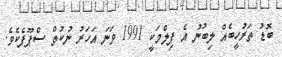
ބޮޑު ތަރުހީބެއް ލިބުނު އެ ފިލްމަކީ 1991 ވަނަ އަހަރު ނުކުތް ސްޕޫފެކެވެ.